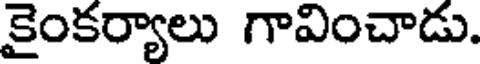
కైంకర్యాలు గావించాడు.